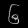
Digit: ၆